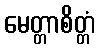
မေတ္တာစိတ္တံ